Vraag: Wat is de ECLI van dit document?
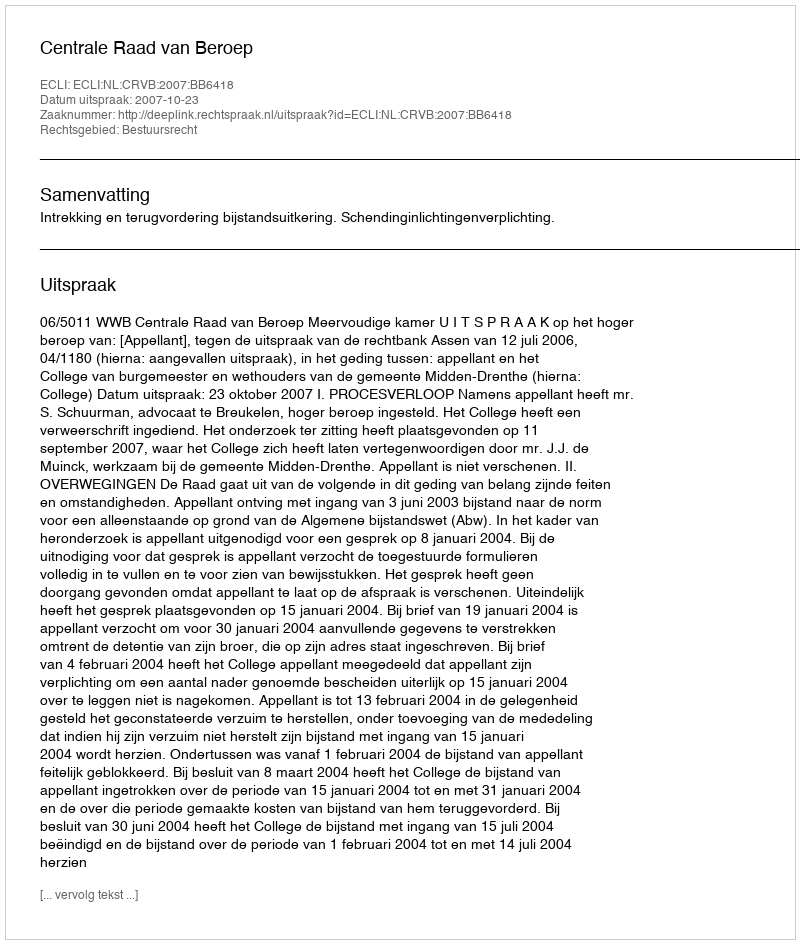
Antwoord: ECLI:NL:CRVB:2007:BB6418